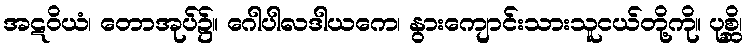
အဋဝိယံ၊ တောအုပ်၌။ ဂေါပါလဒါယကေ၊ နွားကျောင်းသားသူငယ်တို့ကို။ ပုစ္ဆိ၊